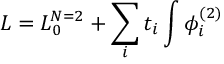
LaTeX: { \cal L } = { \cal L } _ { 0 } ^ { N = 2 } + \sum _ { i } t _ { i } \int \phi _ { i } ^ { ( 2 ) }